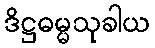
ဒိဋ္ဌဓမ္မသုခါယ